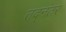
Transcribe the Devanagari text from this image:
तद्‌नंतर